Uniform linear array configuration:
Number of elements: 12
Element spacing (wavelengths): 1
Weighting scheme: exponential
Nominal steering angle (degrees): -30
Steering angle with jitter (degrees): -28.041
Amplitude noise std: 0.05
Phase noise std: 0.05

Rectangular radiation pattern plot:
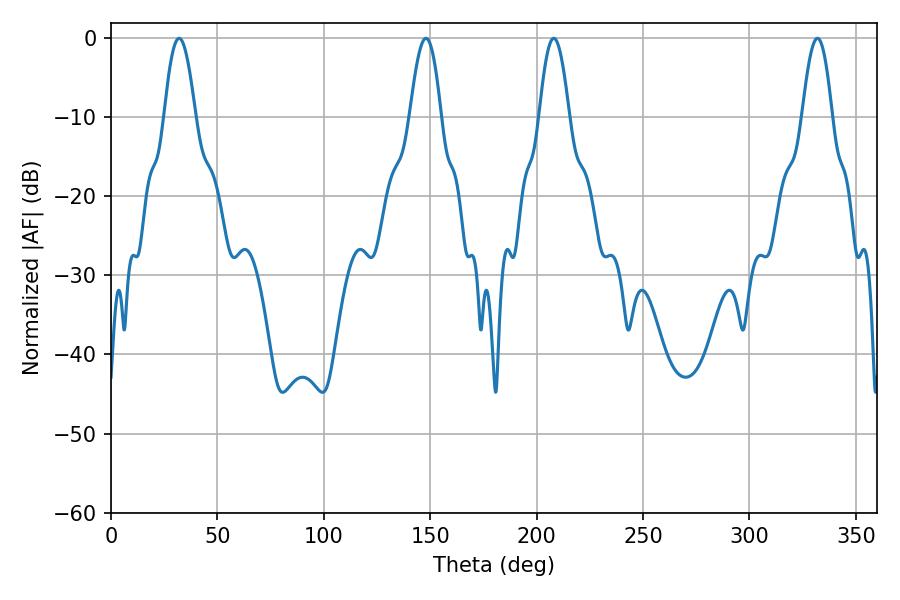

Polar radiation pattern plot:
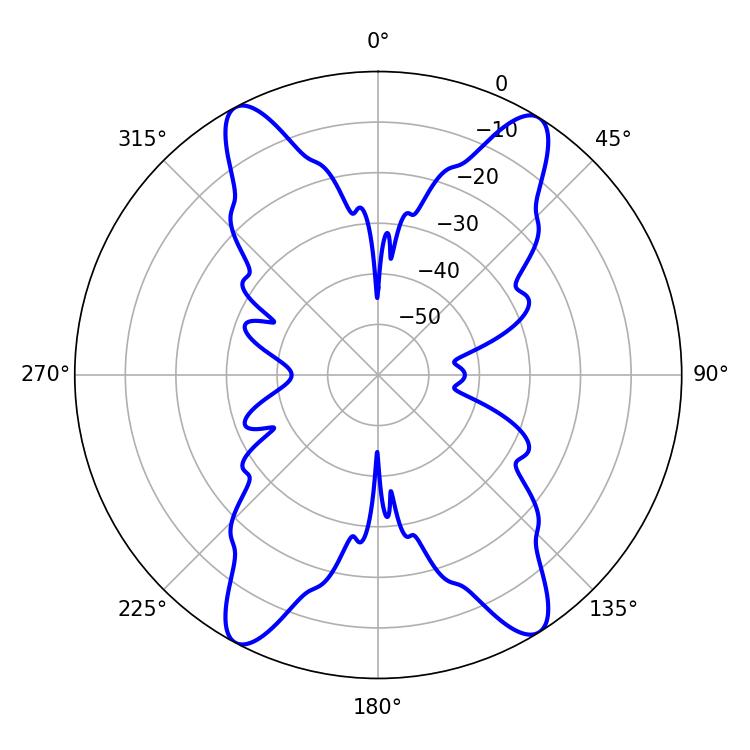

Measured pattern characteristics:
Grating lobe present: TRUE
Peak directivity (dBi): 18.925
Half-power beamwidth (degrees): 7.56
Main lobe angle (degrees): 208.08